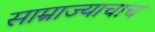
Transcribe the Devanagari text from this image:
साम्राज्याचाच